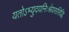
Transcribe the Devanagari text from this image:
यतोऽभ्युदयनिःश्रेयससिद्धि